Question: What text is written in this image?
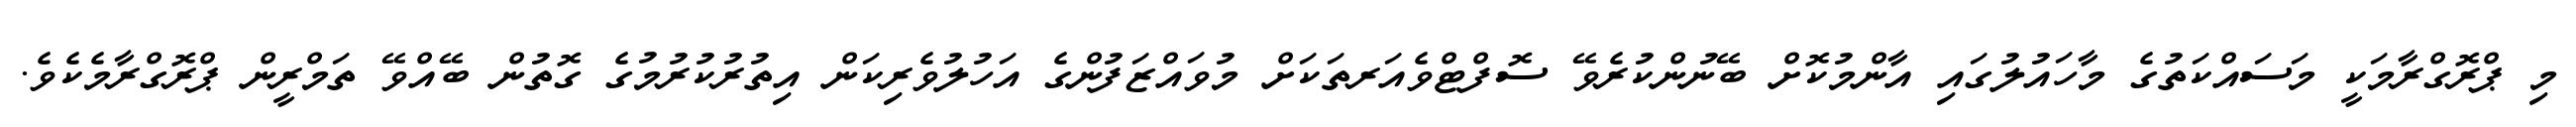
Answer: މި ޕްރޮގްރާމަކީ މަސައްކަތުގެ މާހައުލުގައި އާންމުކޮށް ބޭނުންކުރެވޭ ސޮފްޓްވެއަރތަކަށް މުވައްޒަފުންގެ އަހުލުވެރިކަން އިތުރުކުރުމުގެ ގޮތުން ބޭއްވޭ ތަމްރީން ޕްރޮގްރާމެކެވެ.